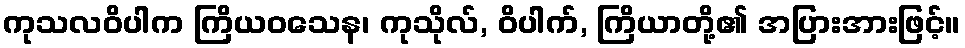
ကုသလဝိပါက ကြိယဝသေန၊ ကုသိုလ်, ဝိပါက်, ကြိယာတို့၏ အပြားအားဖြင့်။